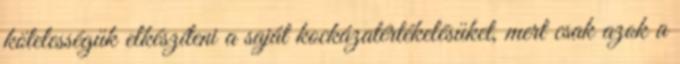
kötelességük elkészíteni a saját kockázatértékelésüket, mert csak azok a